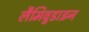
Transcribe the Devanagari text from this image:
लैमिवुडाइन